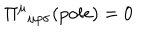
\Pi ^ { \mu } { } _ { \mu \rho \sigma } ( p o l e ) = 0